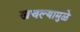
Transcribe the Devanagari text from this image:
खचल्यामुळे